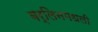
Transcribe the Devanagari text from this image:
बर्लिनमधली